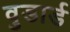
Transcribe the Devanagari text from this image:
वुडार्ड